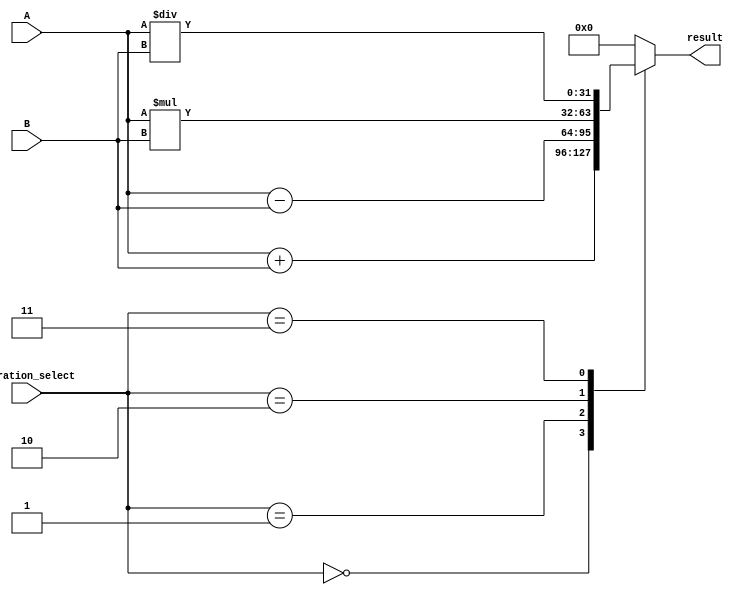
module ALU_32bit (
    input [31:0] A, B,
    input [2:0] operation_select,
    output reg [31:0] result
);

always @(*)
begin
    case(operation_select)
        3'b000: result = A + B; // addition
        3'b001: result = A - B; // subtraction
        3'b010: result = A * B; // multiplication
        3'b011: result = A / B; // division
        default: result = 0; // invalid operation
    endcase
end

endmodule